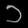
Digit: ၁